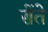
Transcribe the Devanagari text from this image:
सेंते